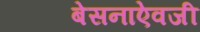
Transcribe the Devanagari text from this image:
बेसनाऐवजी